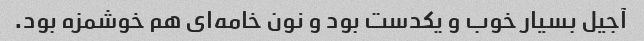
آجیل بسیار خوب و یکدست بود و نون خامه‌ای هم خوشمزه بود.